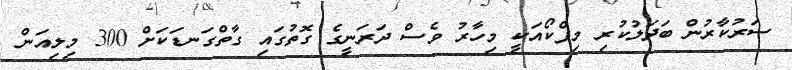
ސަރުކާރުން ބަދަލުކުރި މިފްކޯއަކީ މިހާރު ވެސް ދަރަނީގެ ގޮތުގައި ގާތްގަނޑަކަށް 300 މިލިއަން